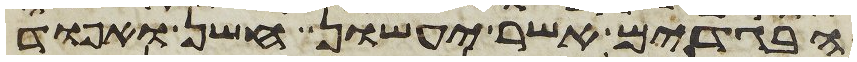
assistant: הבגדים אשר יעשון חשן ואפוד